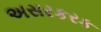
અસરકરક